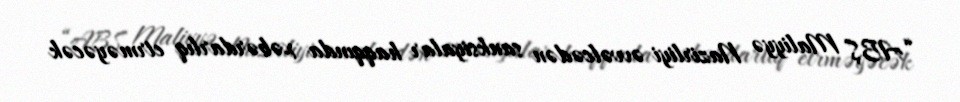
“ABŞ Maliyyə Nazirliyi əvvəlcədən sanksiyalar haqqında xəbərdarlıq etrməyəcək